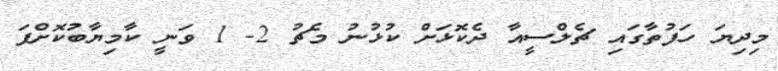
މިދިޔަ ހަފުތާގައި ޗެލްސީއާ ދެކޮޅަށް ކުޅުނު މެޗު 2- 1 ވަނީ ކާމިޔާބުކޮށްފަ